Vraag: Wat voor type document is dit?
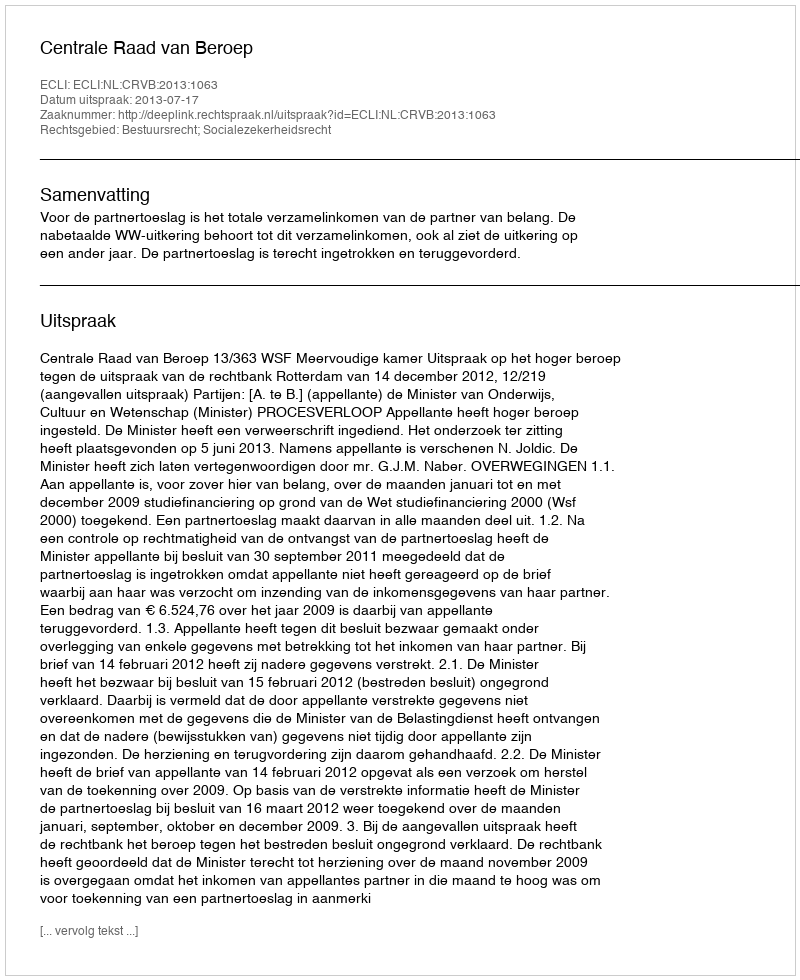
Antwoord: Uitspraak